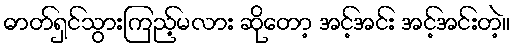
ဓာတ်ရှင်သွားကြည့်မလား ဆိုတော့ အင့်အင်း အင့်အင်းတဲ့။